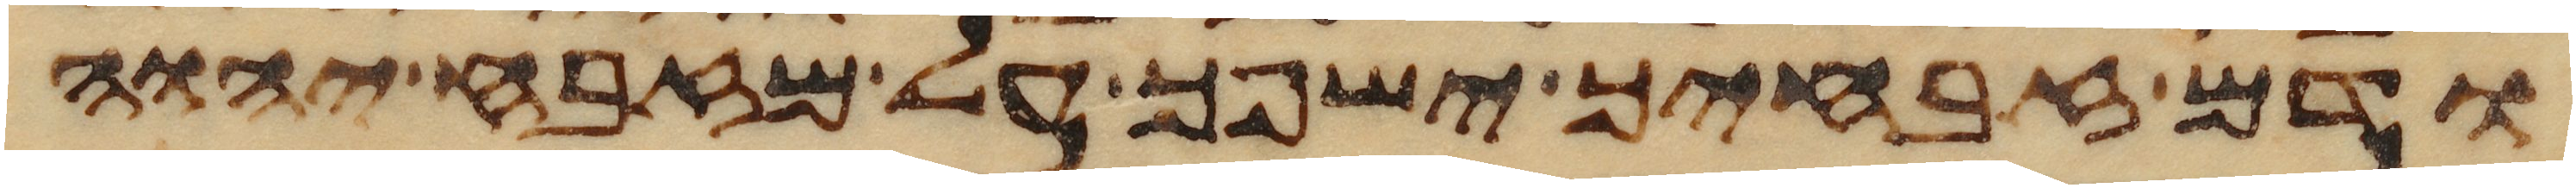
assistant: ודם זבחיך ישפך על מזבח יהוה